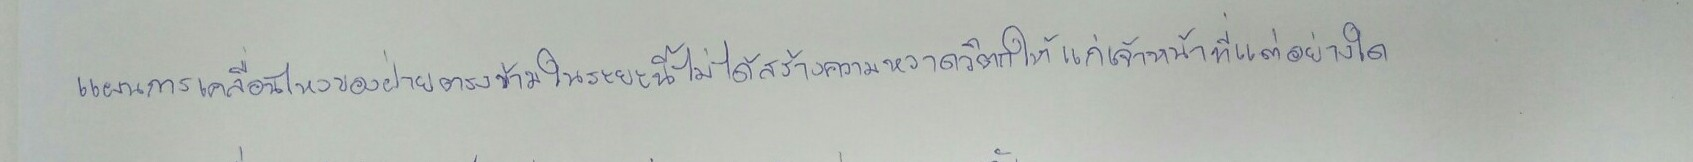
แผนการเคลื่อนไหวของฝ่ายตรงข้ามในระยะนี้ไม่ได้สร้างความหวาดวิตกให้แก่เจ้าหน้าที่แต่อย่างใด